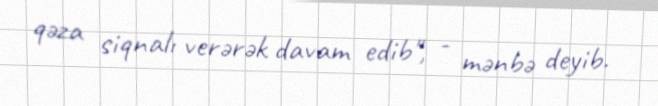
qəza siqnalı verərək davam edib", - mənbə deyib.